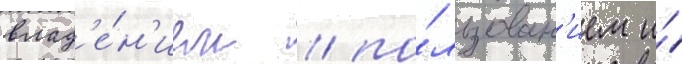
влад'е́н'ием / по́льзован'ием и́